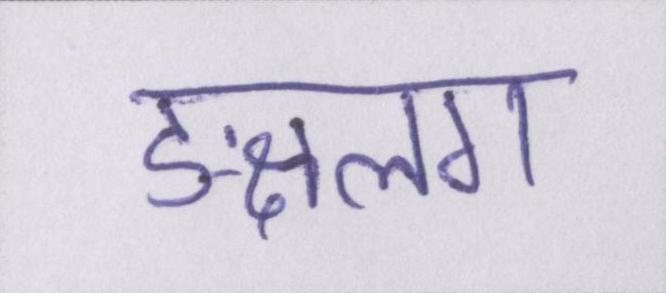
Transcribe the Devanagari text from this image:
ङ्क्षलग